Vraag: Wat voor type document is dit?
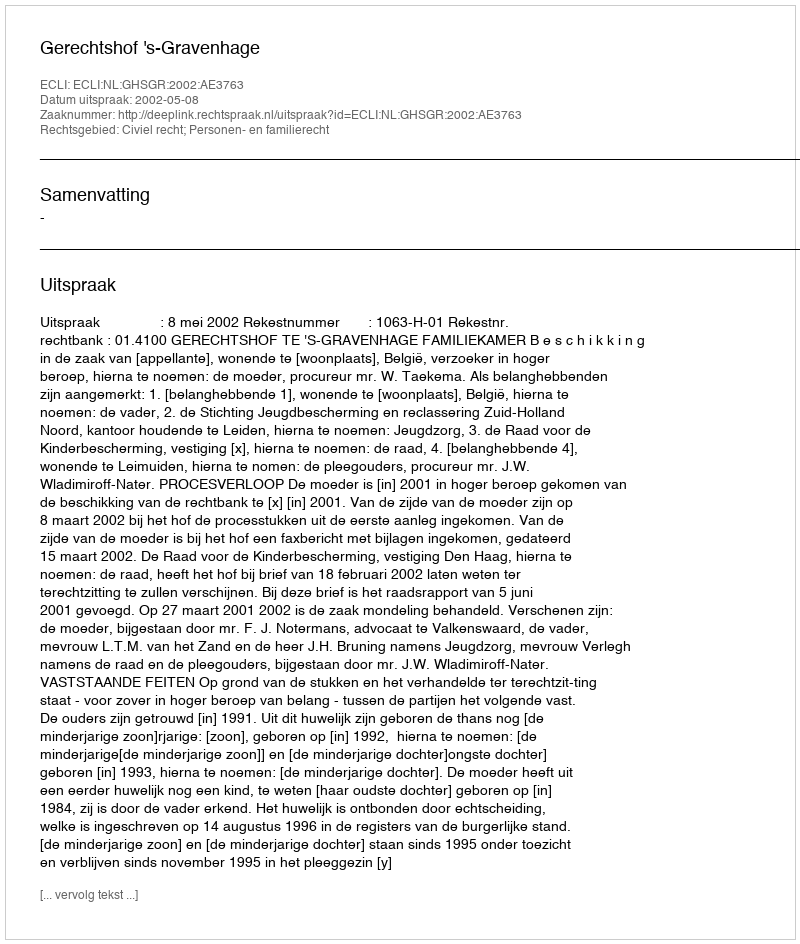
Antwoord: Uitspraak